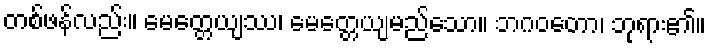
တစ်ဖန်လည်း။ မေတ္တေယျဿ၊ မေတ္တေယျမည်သော။ ဘဂဝတော၊ ဘုရား၏။